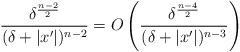
LaTeX: \begin{align*}\frac{\delta^\frac{n-2}{2}}{(\delta+|x'|)^{n-2}}=O\left(\frac{\delta^\frac{n-4}{2}}{(\delta+|x'|)^{n-3}}\right)\end{align*}